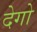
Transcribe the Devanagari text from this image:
देगो